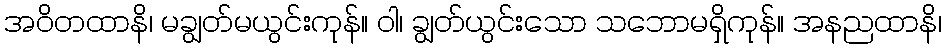
အဝိတထာနိ၊ မချွတ်မယွင်းကုန်။ ဝါ၊ ချွတ်ယွင်းသော သဘောမရှိကုန်။ အနညထာနိ၊